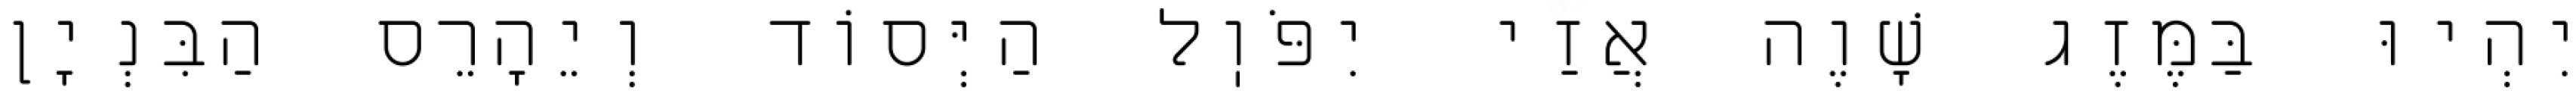
יִהְיוּ בַּמֶּזֶג שָׁוֶה אֲזַי יִפֹּוֽל הַיְּסוֹד וְיֵהָרֵס הַבִּנְיָן